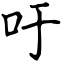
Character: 吁